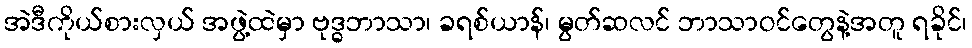
အဲဒီကိုယ်စားလှယ် အဖွဲ့ထဲမှာ ဗုဒ္ဓဘာသာ၊ ခရစ်ယာန်၊ မွတ်ဆလင် ဘာသာဝင်တွေနဲ့အတူ ရခိုင်၊